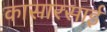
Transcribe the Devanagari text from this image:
कासारसाई